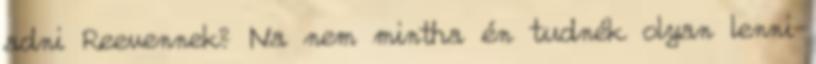
adni Reevennek? Na nem mintha én tudnék olyan lenni